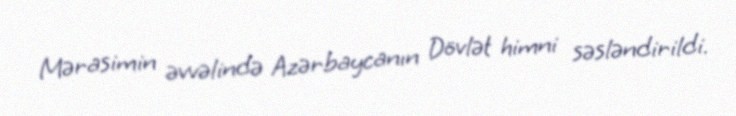
Mərasimin əvvəlində Azərbaycanın Dövlət himni səsləndirildi.